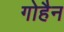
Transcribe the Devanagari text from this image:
गोहैन